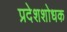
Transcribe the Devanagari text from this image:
प्रदेशशोधक